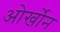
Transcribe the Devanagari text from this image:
ओर्खोन